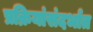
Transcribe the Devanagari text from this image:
प्रक्रियांसंदर्भात